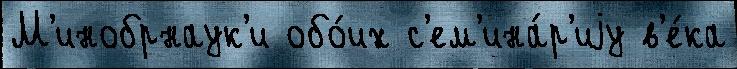
М'инобрнаук'и обо́их с'ем'ина́р'иjу в'е́ка